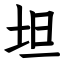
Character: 坦